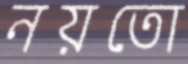
নয়তো